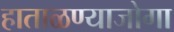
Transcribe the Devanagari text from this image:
हाताळण्याजोगा